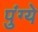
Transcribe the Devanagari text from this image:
पुंग्ये